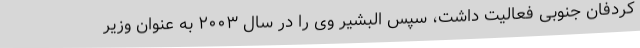
کردفان جنوبی فعالیت داشت، سپس البشیر وی را در سال ۲۰۰۳ به عنوان وزیر